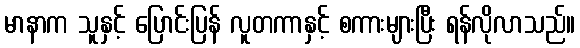
မာနာက သူနှင့် ပြောင်းပြန် လူတကာနှင့် စကားများပြီး ရန်လိုလာသည်။